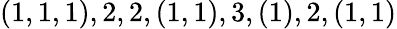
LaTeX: \begin{array}{r}{(1,1,1),2,2,(1,1),3,(1),2,(1,1)}\end{array}